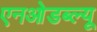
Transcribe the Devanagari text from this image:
एनओडब्ल्यू